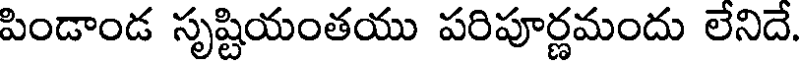
పిండాండ సృష్టియంతయు పరిపూర్ణమందు లేనిదే.